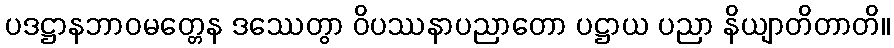
ပဒဋ္ဌာနဘာဝမတ္တေန ဒဿေတွာ ဝိပဿနာပညာတော ပဋ္ဌာယ ပညာ နိယျာတိတာတိ။